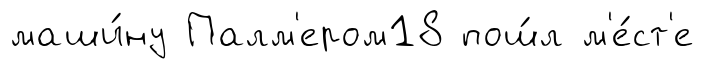
маши́ну Палм'ером18 пош́л м'е́ст'е